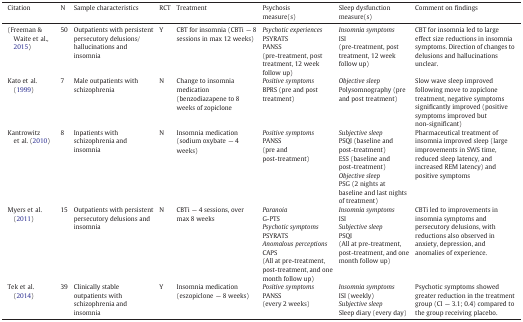
<table><thead><tr><td><b>Citation</b></td><td><b>N</b></td><td><b>Sample characteristics</b></td><td><b>RCT</b></td><td><b>Treatment</b></td><td><b>Psychosis measure(s)</b></td><td><b>Sleep dysfunction measure(s)</b></td><td><b>Comment on findings</b></td></tr></thead><tbody><tr><td>(Freeman &amp; Waite et al., 2015)</td><td>50</td><td>Outpatients with persistent persecutory delusions/hallucinations and insomnia</td><td>Y</td><td>CBT for insomnia (CBTi — 8 sessions in max 12 weeks)</td><td><i>Psychotic experiences</i>PSYRATSPANSS(pre-treatment, post treatment, 12 week follow up)</td><td><i>Insomnia symptoms</i>ISI(pre-treatment, post treatment, 12 week follow up)</td><td>CBT for insomnia led to large effect size reductions in insomnia symptoms. Direction of changes to delusions and hallucinations unclear.</td></tr><tr><td>Kato et al. (1999)</td><td>7</td><td>Male outpatients with schizophrenia</td><td>N</td><td>Change to insomnia medication (benzodiazapene to 8 weeks of zopiclone</td><td><i>Positive symptoms</i>BPRS (pre and post treatment)</td><td><i>Objective sleep</i>Polysomnography (pre and post treatment)</td><td>Slow wave sleep improved following move to zopiclone treatment, negative symptoms significantly improved (positive symptoms improved but non-significant)</td></tr><tr><td>Kantrowitz et al. (2010)</td><td>8</td><td>Inpatients with schizophrenia and insomnia</td><td>N</td><td>Insomnia medication (sodium oxybate — 4 weeks)</td><td><i>Positive symptoms</i>PANSS(pre and post-treatment)</td><td><i>Subjective sleep</i>PSQI (baseline and post-treatment)ESS (baseline and post-treatment)<i>Objective sleep</i>PSG (2 nights at baseline and last nights of treatment)</td><td>Pharmaceutical treatment of insomnia improved sleep (large improvements in SWS time, reduced sleep latency, and increased REM latency) and positive symptoms</td></tr><tr><td>Myers et al. (2011)</td><td>15</td><td>Outpatients with persistent persecutory delusions and insomnia</td><td>N</td><td>CBTi — 4 sessions, over max 8 weeks</td><td><i>Paranoia</i>G-PTS<i>Psychotic symptoms</i>PSYRATS<i>Anomalous perceptions</i>CAPS(All at pre-treatment, post-treatment, and one month follow up)</td><td><i>Insomnia symptoms</i>ISI<i>Subjective sleep</i>PSQI(All at pre-treatment, post-treatment, and one month follow up)</td><td>CBTi led to improvements in insomnia symptoms and persecutory delusions, with reductions also observed in anxiety, depression, and anomalies of experience.</td></tr><tr><td>Tek et al. (2014)</td><td>39</td><td>Clinically stable outpatients with schizophrenia and insomnia</td><td>Y</td><td>Insomnia medication (eszopiclone — 8 weeks)</td><td><i>Positive symptoms</i>PANSS(every 2 weeks)</td><td><i>Insomnia symptoms</i>ISI (weekly)<i>Subjective sleep</i>Sleep diary (every day)</td><td>Psychotic symptoms showed greater reduction in the treatment group (CI — 3.1; 0.4) compared to the group receiving placebo.</td></tr></tbody></table>